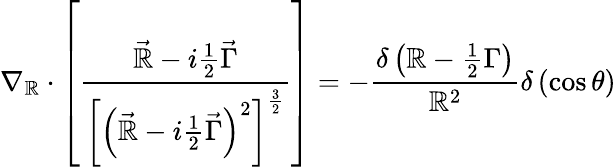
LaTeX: \nabla_{\mathbb{R}}\cdot\left[\frac{{\vec{{\mathbb{R}}}-i\frac{1}{2}\vec{{\Gamma}}}}{{\left[\left(\vec{{\mathbb{R}}}-i\frac{1}{2}\vec{{\Gamma}}\right)^{2}\right]^{\frac{3}{2}}}}\right]=-\frac{{\delta\left(\mathbb{R}-\frac{1}{2}\Gamma\right)}}{{\mathbb{R}^{2}}}\delta\left(\cos\theta\right)